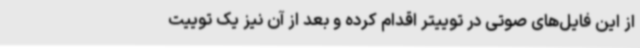
از این فایل‌های صوتی در توییتر اقدام کرده و بعد از آن نیز یک توییت